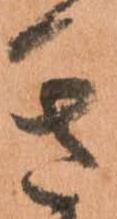
き